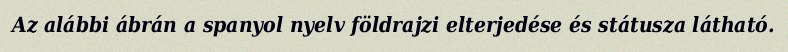
Az alábbi ábrán a spanyol nyelv földrajzi elterjedése és státusza látható.